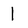
Character: 1